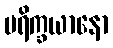
ပရိက္ခယာနော